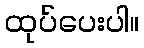
ထုပ်ပေးပါ။